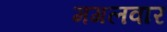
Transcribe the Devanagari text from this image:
मगलवार